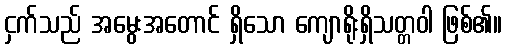
ငှက်သည် အမွေးအတောင် ရှိသော ကျောရိုးရှိသတ္တဝါ ဖြစ်၏။